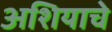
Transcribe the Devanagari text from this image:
अशियाचे